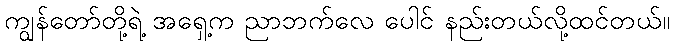
ကျွန်တော်တို့ရဲ့ အရှေ့က ညာဘက်လေ ပေါင် နည်းတယ်လို့ထင်တယ်။